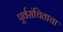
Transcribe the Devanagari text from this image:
पूर्वसंचिताचा